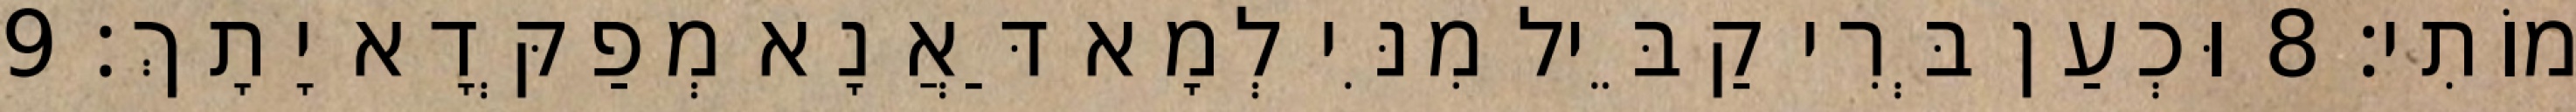
מוֹתִי׃ 8 וּכְעַן בְּרִי קַבֵּיל מִנִּי לְמָא דַּאֲנָא מְפַקְּדָא יָתָךְ׃ 9